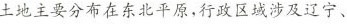
土地主要分布在东北平原，行政区域涉及辽宁、